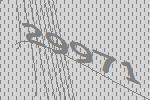
29971